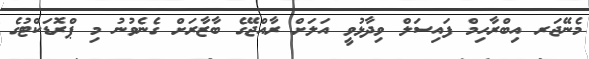
މެނޭޖަރ އިބްރާހިމް ފައިސަލް ވިދާޅުވީ އަލަށް ރާއްޖޭގެ ބާޒާރަށް ގެނެވުނު މި ޕްރޮޑަކްޓުގެ